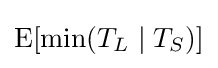
\operatorname {E} [\min(T_{L}\mid T_{S})]